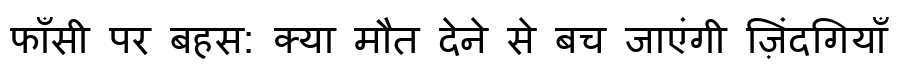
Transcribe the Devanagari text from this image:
फाँसी पर बहस: क्या मौत देने से बच जाएंगी ज़िंदगियाँ